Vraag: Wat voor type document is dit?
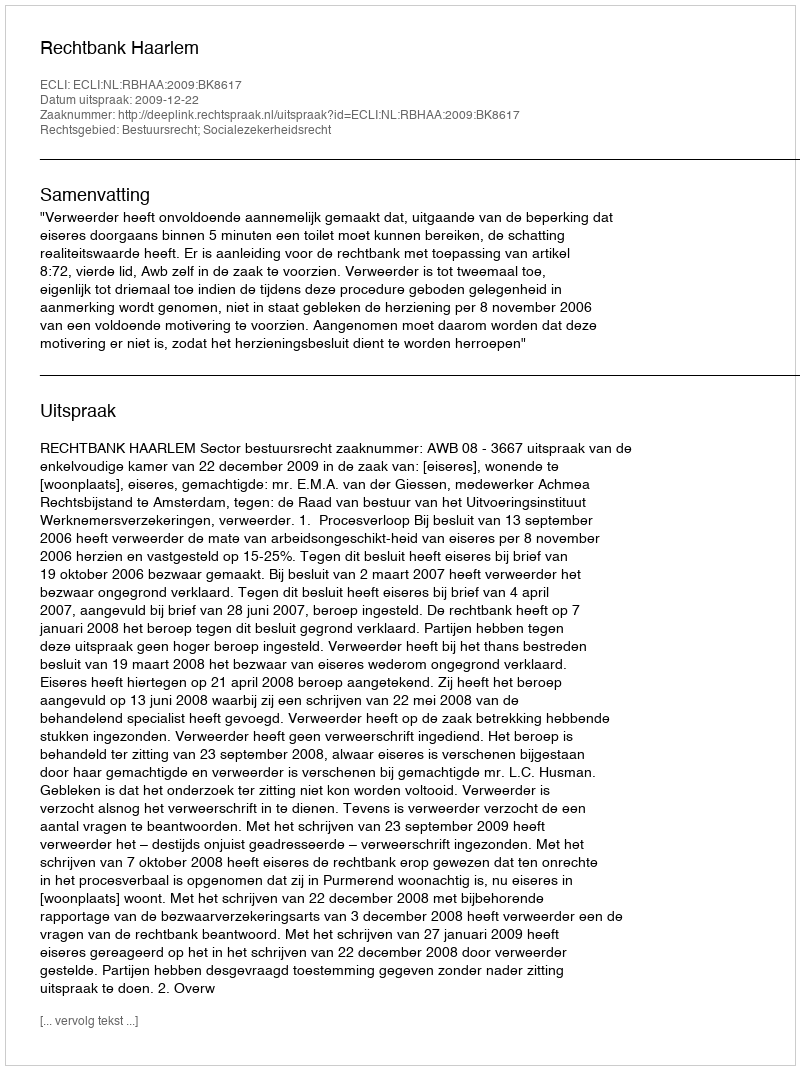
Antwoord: Uitspraak